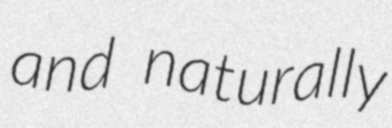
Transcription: and naturally